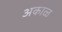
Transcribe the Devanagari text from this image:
अकाळ